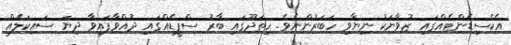
އެކްސިޑެންޓެއްގައި ޒުވާނަކު ނިޔާވި ހަބަރުންނެވެ. ހިތަދޫގައި ބާރު ސްޕީޑެއްގައި ދުއްވާފައިވާ ދިޔަ ސައިކަލެއް